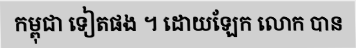
កម្ពុជា ទៀតផង ។ ដោយឡែក លោក បាន